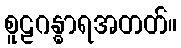
စူဠဂန္ဓာရအတတ်။